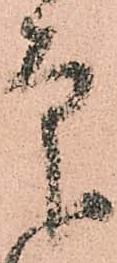
印